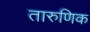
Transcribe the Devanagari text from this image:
तारुणिक